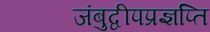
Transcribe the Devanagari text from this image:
जंबुद्वीपप्रज्ञप्ति